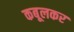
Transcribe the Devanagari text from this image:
कबूलकर